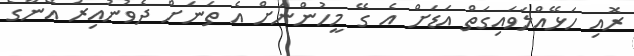
ރޮއި ހަޅޭއްލަވައިގަތް އަޑަށް އެ ގޭ މީހުންނަށް އެ ތަނަށް ދެވުނުއިރު އޭނާގެ